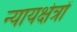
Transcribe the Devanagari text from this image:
न्यायक्षेत्रों